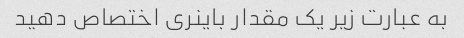
به عبارت زیر یک مقدار باینری اختصاص دهید